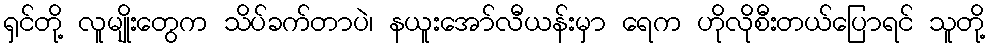
ရှင်တို့ လူမျိုးတွေက သိပ်ခက်တာပဲ၊ နယူးအော်လီယန်းမှာ ရေက ဟိုလိုစီးတယ်ပြောရင် သူတို့